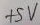
Text: +5V